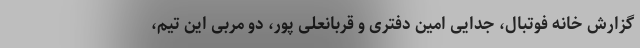
گزارش خانه فوتبال، جدایی امین دفتری و قربانعلی پور، دو مربی این تیم،